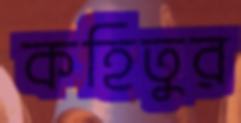
কহিতুর